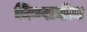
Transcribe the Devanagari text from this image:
विवसनीय